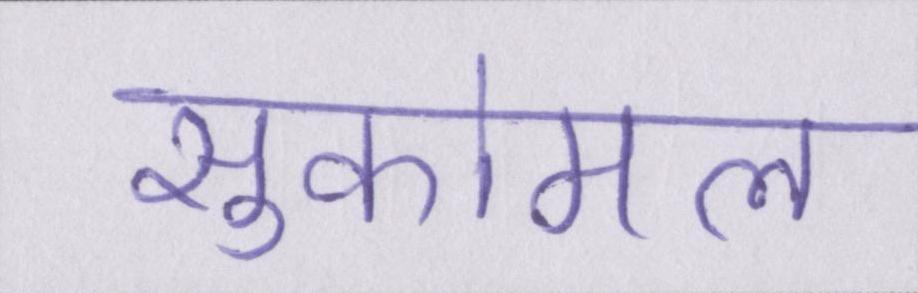
सुकोमल